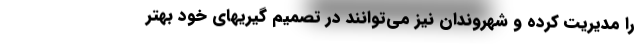
را مدیریت کرده و شهروندان نیز می‌توانند در تصمیم گیریهای خود بهتر